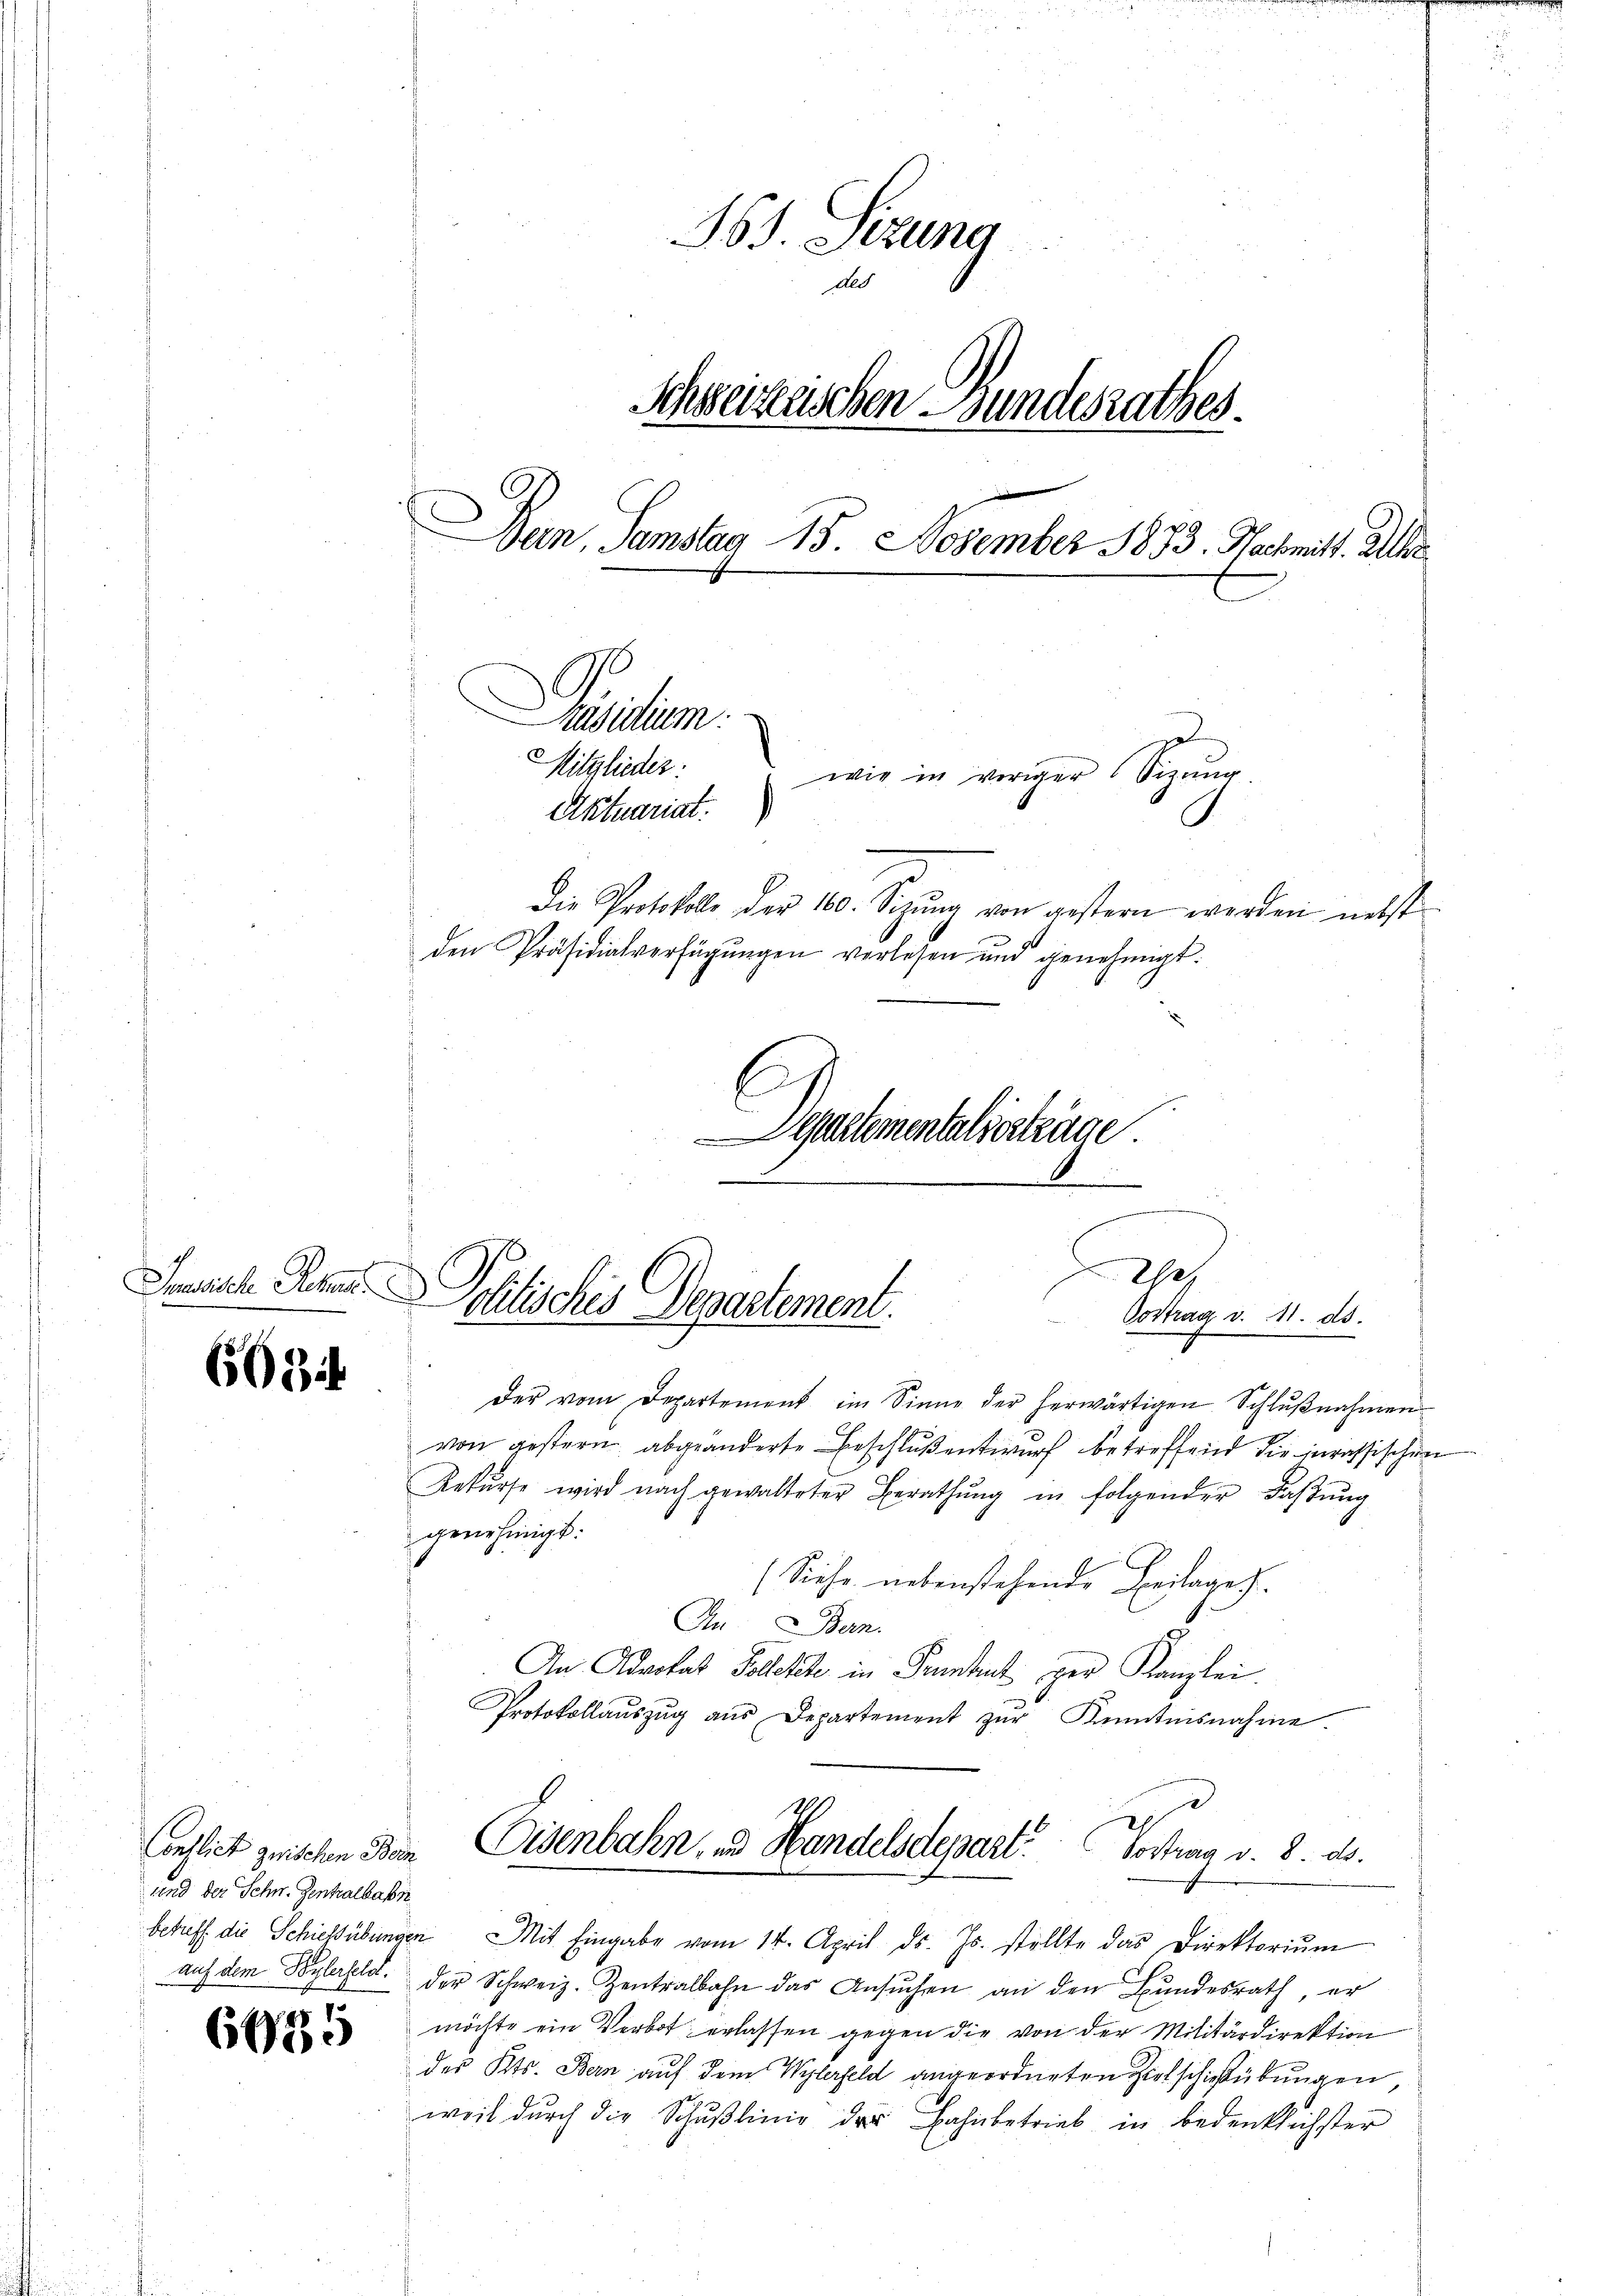
Jusisch Schen

6034

Conflict zwischen Bern
und der Schw. Zentralbahn

6685

361. Sitzung
Schweizerischen Bundesrathes.
Ban, Samstag 15. November 1873. Nachmit. Aller
Pasitum.
Mitglieder:
wie in voriger Sigŭng.
Aktuariat.
Die Protokolle der 100. Seizŭng von gestern werden nebst
den Präsidialverfügungen vorlesen und genehmigt.

|
Chef
Politisches Departement.
Vortrag v. 11. ds.

Departementalverträge

Der vom Departement im Sinne der herwärtigen Schlŭβnahmen
von gestern abgeänderte Beschluß entwurf betreffend die jurassischen
Rekŭrse wird nach gewalteter Berathŭng in folgender Faβŭng
genehmigt.
(Siehe nebenstehende Beilage.
In Bern.
An Advokat Solletete in Grundent per Kanzlei
Protokollaŭszŭg aŭs Departement zŭr Kenntnisnahme.
2
Eisenbahn, und Handelsdepart. Sostrag v. 8. ds.
betreff die Schiessübungen Mit Eingabe vom 14. April d. Js. stellte das Direktoriŭm
auf dem Bylerfeld. Der Schweiz. Zentralbahn das Ansŭchen an den Bŭndesrath, er
möchte ein Verbot erlassen gegen die von der Militärdirektion
des Kts. Bern auf dem Wylerfeld angeordneten Zielschießübungen,
weil dŭrch die Schŭβlinie der Bahnbetrieb in bedenklichster